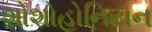
શોશોહોનિયન